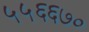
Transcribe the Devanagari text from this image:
५५६६७०